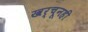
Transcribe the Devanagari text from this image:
खर्चूनही